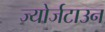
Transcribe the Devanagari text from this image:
ज्योर्जटाउन